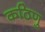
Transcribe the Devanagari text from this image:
कठिणु